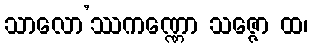
သာလော’ဿကဏ္ဏော သဇ္ဇော ထ၊